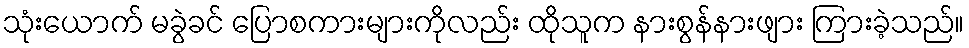
သုံးယောက် မခွဲခင် ပြောစကားများကိုလည်း ထိုသူက နားစွန်နားဖျား ကြားခဲ့သည်။